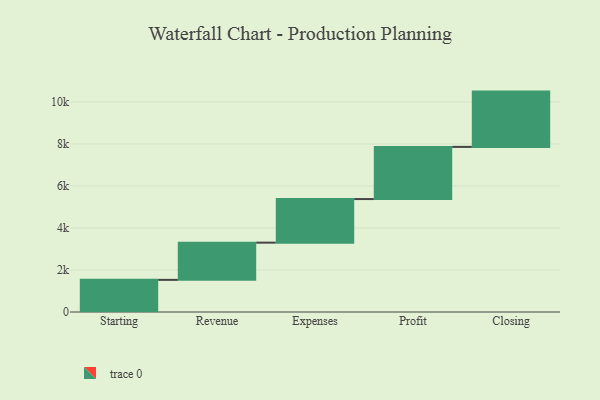
{"axis": {"x": "Step", "y": "Value"}, "legend": [""], "data": [{"x": "Starting", "y": 1530.0, "type": ""}, {"x": "Revenue", "y": 1771.0, "type": ""}, {"x": "Expenses", "y": 2075.0, "type": ""}, {"x": "Profit", "y": 2483.0, "type": ""}, {"x": "Closing", "y": 2632.0, "type": ""}]}